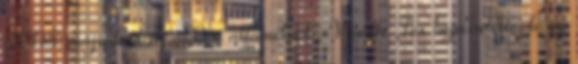
2005: májusban az akkori államelnök, Vicente Fox bejelentette, hogy